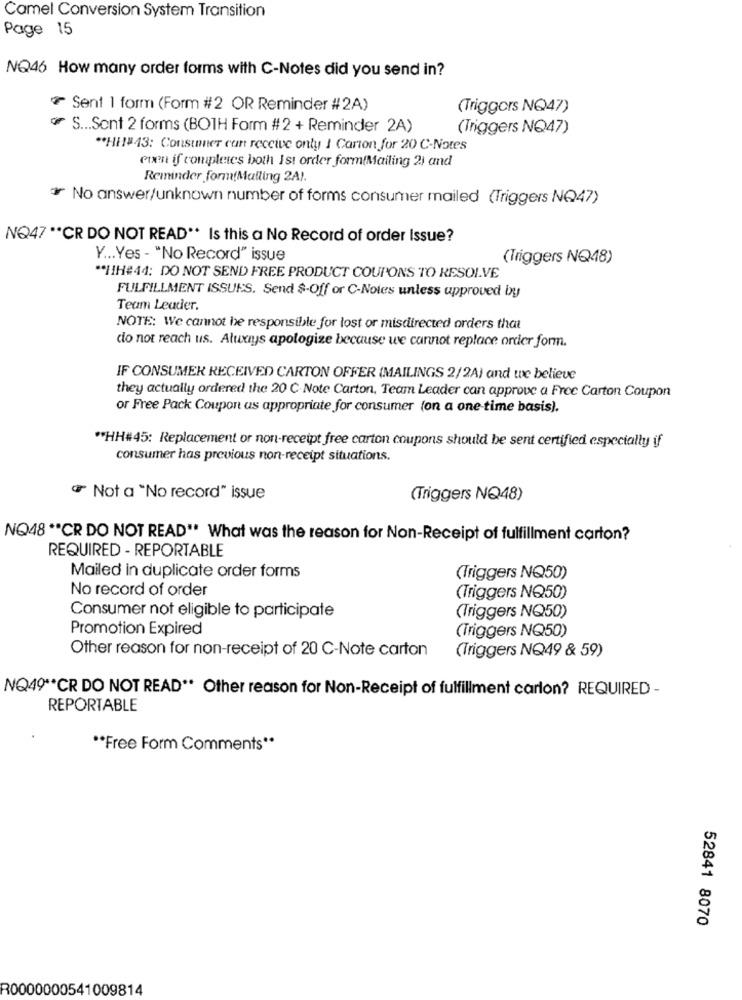
Camel Conversion System Transition
Page 15
NQ46 How many order forms with C-Notes did you send in?
Sent 1 form (Form #2 OR Reminder #2A)
(Triggers NQ47)
S ... Sont 2 forms (BOTH Form # 2 + Reminder 2A)
(Triggers NQ47)
** Hi!#43: Consumer can receive only 1 Carton for 20 C-Notes
even if completes both Ist order form(Mailing 2) and
Reminder form(Malling 2A).
ør No answer/unknown number of forms consumer mailed (Triggers NQ47)
NO47 "CR DO NOT READ ** Is this a No Record of order Issue?
Y ... Yes - "No Record" issue
(Triggers NQ48)
** HIH#44; DO NOT SEND FREE PRODUCT COUPONS TO RESOLVE
FULFILLMENT ISSUES. Send $-Off or C-Notes unless approved by
Team Leader.
NOTE: We cannot be responsible for lost or misdirected orders that
co not reach us. Atuxiys apologize because we cannot replace order form.
IF CONSUMER RECEIVED CARTON OFFER (MAILINGS 2/2A) and we believe
they actually ordered the 20 ℃ Note Carton, Team Leader can approve a Free Carton Coupon
or Free Pack Coupon as appropriate for consumer (on a one-time basis).
** HH#45: Replacement or non-receipt free carton coupons should be sent certified especially if
consumer has previous non-receipt situations.
" Not a "No record" issue
(Triggers NQ48)
NQ48 ** CR DO NOT READ" What was the reason for Non-Receipt of fulfillment carton?
REQUIRED - REPORTABLE
Mailed in duplicate order forms
(Triggers NQ50)
No record of order
(Triggers NQ50)
Consumer not eligible to participate
(Triggers NQ50)
Promotion Expired
(Triggers NQ50)
Other reason for non-receipt of 20 C-Note carton
(Triggers NQ49 & 59)
NQ49 ** CR DO NOT READ ** Other reason for Non-Receipt of fulfillment carlon? REQUIRED -
REPORTABLE
** Free Form Comments **
52841 8070
R0000000541009814